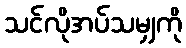
သင်လိုအပ်သမျှကို